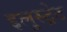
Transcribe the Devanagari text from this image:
इलुस्ट्रेट